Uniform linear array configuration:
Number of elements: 48
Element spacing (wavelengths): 0.75
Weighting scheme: cosine
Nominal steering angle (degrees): -60
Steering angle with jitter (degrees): -61.467
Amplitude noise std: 0.05
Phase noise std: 0.05

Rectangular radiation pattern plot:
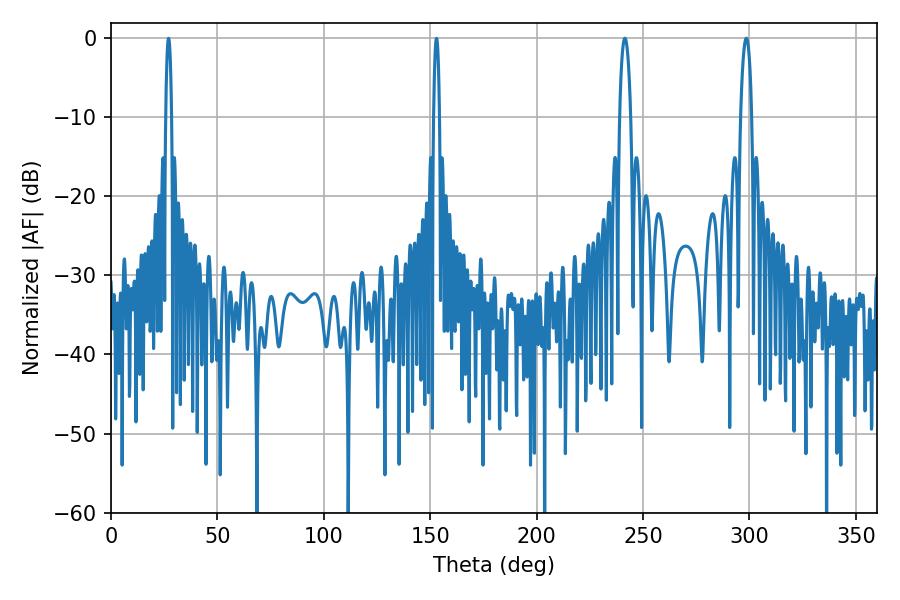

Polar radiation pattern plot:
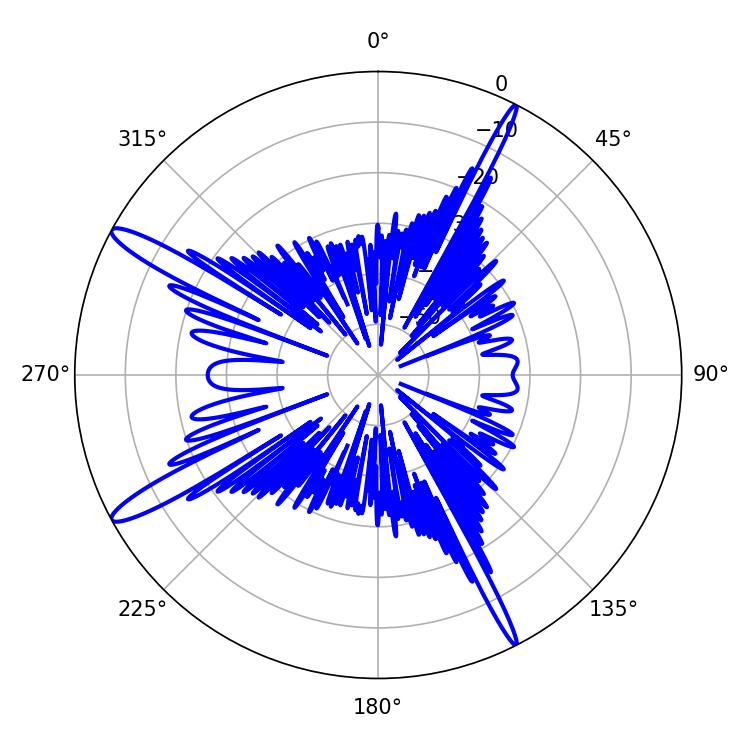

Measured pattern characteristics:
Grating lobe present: TRUE
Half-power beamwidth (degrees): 2.88
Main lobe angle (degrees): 298.44